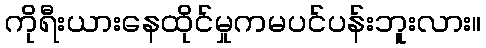
ကိုရီးယားနေထိုင်မှုကမပင်ပန်းဘူးလား။